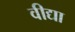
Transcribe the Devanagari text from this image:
वीद्या